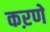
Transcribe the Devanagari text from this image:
कऱणे